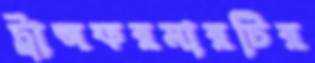
ট্রান্সফরমারটির